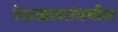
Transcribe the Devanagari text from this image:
रेंदाळकरांमधील